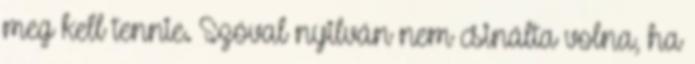
meg kell tennie. Szóval nyilván nem csinálta volna, ha